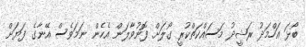
ބޯޅަ އަހްމަދު ރަޝީދު މަސައްކަތްކުރީ ގޯލަށް ފޮނުވާލަން އެހެން ނަމަވެސް އޭނާގެ ފަޔަށް